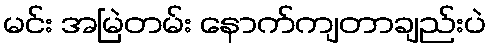
မင်း အမြဲတမ်း နောက်ကျတာချည်းပဲ